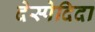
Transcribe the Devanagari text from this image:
देस्पेदिदा